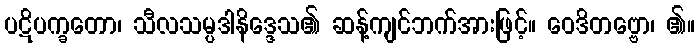
ပဋိပက္ခတော၊ သီလသမ္ပဒါနိဒ္ဒေသ၏ ဆန့်ကျင်ဘက်အားဖြင့်။ ဝေဒိတဗ္ဗော၊ ၏။